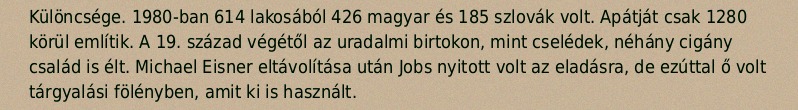
Különcsége. 1980-ban 614 lakosából 426 magyar és 185 szlovák volt. Apátját csak 1280 körül említik. A 19. század végétől az uradalmi birtokon, mint cselédek, néhány cigány család is élt. Michael Eisner eltávolítása után Jobs nyitott volt az eladásra, de ezúttal ő volt tárgyalási fölényben, amit ki is használt.